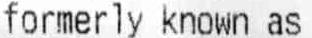
FORMERLY KNOWN AS